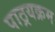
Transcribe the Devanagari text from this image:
पाठ्रयक्रम